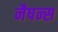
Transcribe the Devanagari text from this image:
नैषन्स